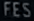
FES